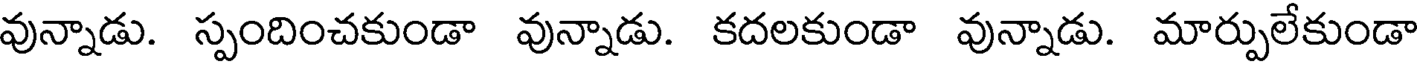
వున్నాడు. స్పందించకుండా వున్నాడు. కదలకుండా వున్నాడు. మార్పులేకుండా